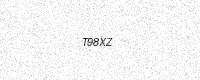
Text: T98XZ